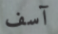
آسف